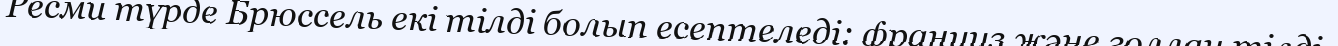
Ресми түрде Брюссель екі тілді болып есептеледі: француз және голлан тілді.